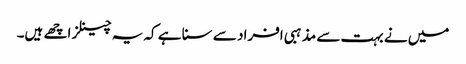
میں نے بہت سے مذہبی افراد سے سنا ہے کہ یہ چینلز اچھے ہیں۔